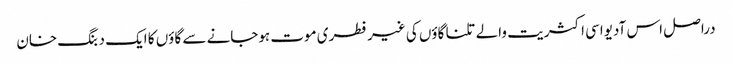
دراصل اس آدیواسی اکثریت والے تلنا گاؤں کی غیرفطری موت ہوجانے سے گاؤں کا ایک دبنگ خان